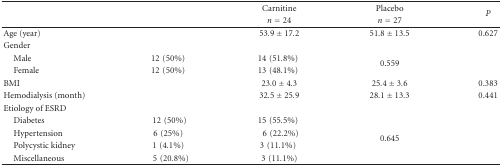
|  |  | Carnitine | Placebo | <ROWSPAN=2> P |
 |  |  | n = 24 | n = 27 |
 | --- | --- | --- | --- | --- |
 | Age (year) |  | 53.9 ± 17.2 | 51.8 ± 13.5 | 0.627 |
 | Gender |  |  |  |  |
 | Male | 12(50%) | 14(51.8%) | <ROWSPAN=2> 0.559 |  |
 | Female | 12(50%) | 13(48.1%) |  |
 | BMI |  | 23.0 ± 4.3 | 25.4 ± 3.6 | 0.383 |
 | Hemodialysis (month) |  | 32.5 ± 25.9 | 28.1 ± 13.3 | 0.441 |
 | Etiology of ESRD |  |  |  |  |
 | Diabetes | 12(50%) | 15(55.5%) | <ROWSPAN=4> 0.645 |  |
 | Hypertension | 6(25%) | 6(22.2%) |  |
 | Polycystic kidney | 1(4.1%) | 3(11.1%) |  |
 | Miscellaneous | 5(20.8%) | 3(11.1%) |  |